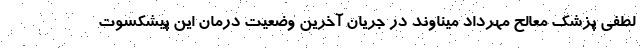
لطفی پزشک معالح مهرداد میناوند در جریان آخرین وضعیت درمان این پیشکسوت